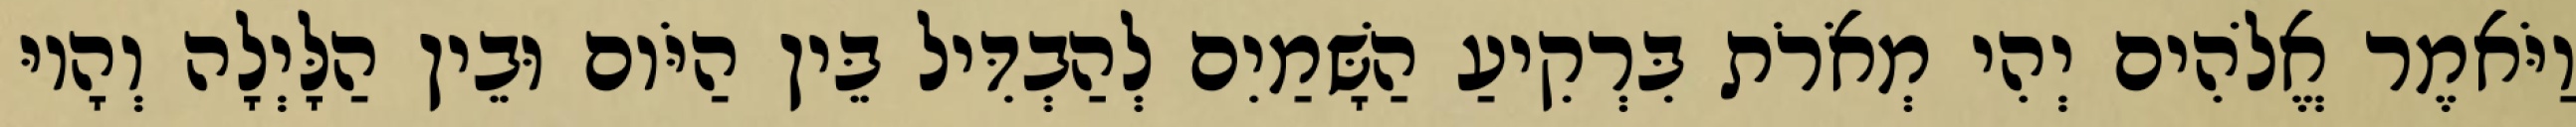
וַיֹּאמֶר אֱלֹהִים יְהִי מְאֹרֹת בִּרְקִיעַ הַשָּׁמַיִם לְהַבְדִּיל בֵּין הַיֹּום וּבֵין הַלָּיְלָה וְהָיוּ